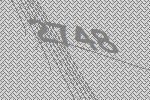
2748